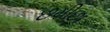
છમીછા